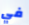
في